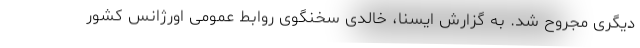
دیگری مجروح شد. به گزارش ایسنا، خالدی سخنگوی روابط عمومی اورژانس کشور